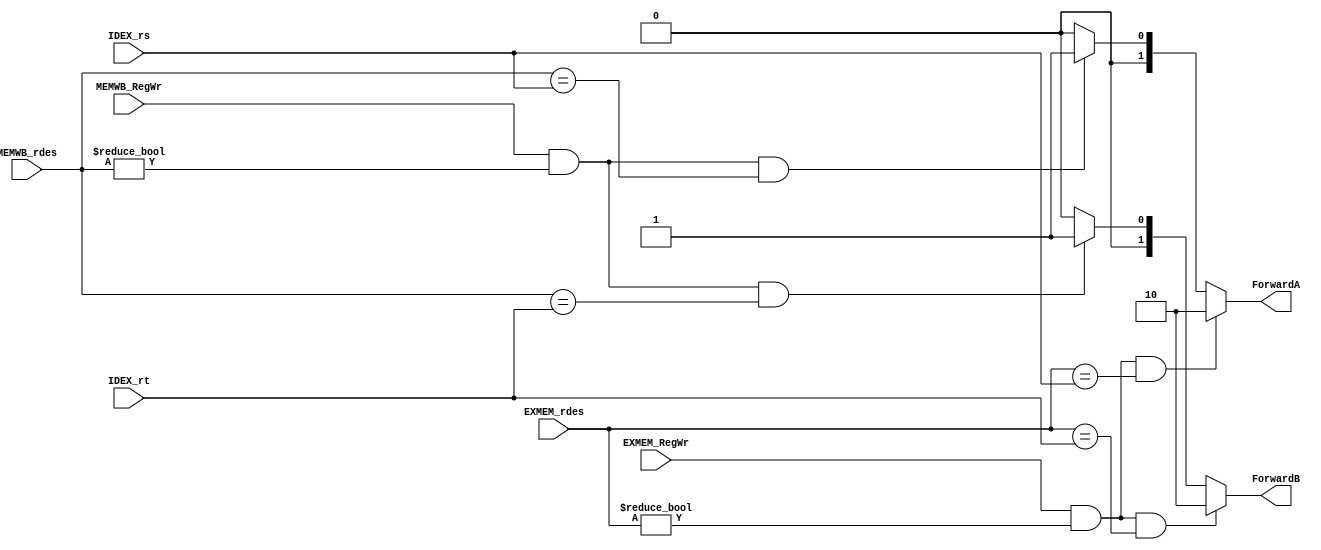
/*
 * forwarding Unit of Pipelined MIPS
 */


module ForwardUnit(
					input EXMEM_RegWr,
					input [4:0] EXMEM_rdes,
					input [4:0] IDEX_rs, IDEX_rt,
					input [4:0] MEMWB_rdes,
					input MEMWB_RegWr,
					output reg[1:0] ForwardA, ForwardB
					);
	always @(*)
		begin
		if (EXMEM_RegWr && EXMEM_rdes != 0 && (EXMEM_rdes == IDEX_rs))
			ForwardA <= 2'b10;
		else if (MEMWB_RegWr && (MEMWB_rdes != 0) && (MEMWB_rdes == IDEX_rs))
			ForwardA <= 2'b01;
		else
			ForwardA <= 2'b00;
		if (EXMEM_RegWr && EXMEM_rdes != 0 && (EXMEM_rdes == IDEX_rt))
			ForwardB <= 2'b10;
		else if (MEMWB_RegWr && (MEMWB_rdes != 0) && (MEMWB_rdes == IDEX_rt))
			ForwardB <= 2'b01;
		else
			ForwardB <= 2'b00;
		end

endmodule
module JForwardUnit(
					input [2:0] ID_PCsrc,
					input [4:0] ID_rs,
					input [4:0] EX_rdes, EXMEM_rdes, MEMWB_rdes,
					input EXMEM_RegWr, IDEX_RegWr, MEMWB_RegWr,
					output [1:0] ForwardDatabusA);
	assign ForwardDatabusA = (IDEX_RegWr && (EX_rdes == ID_rs))?2'b01:((EXMEM_RegWr && (EXMEM_rdes == ID_rs))?2'b10:((MEMWB_RegWr && (MEMWB_rdes == ID_rs))?2'b11:2'b00));
endmodule